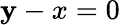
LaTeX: \mathbf{y}-x=0